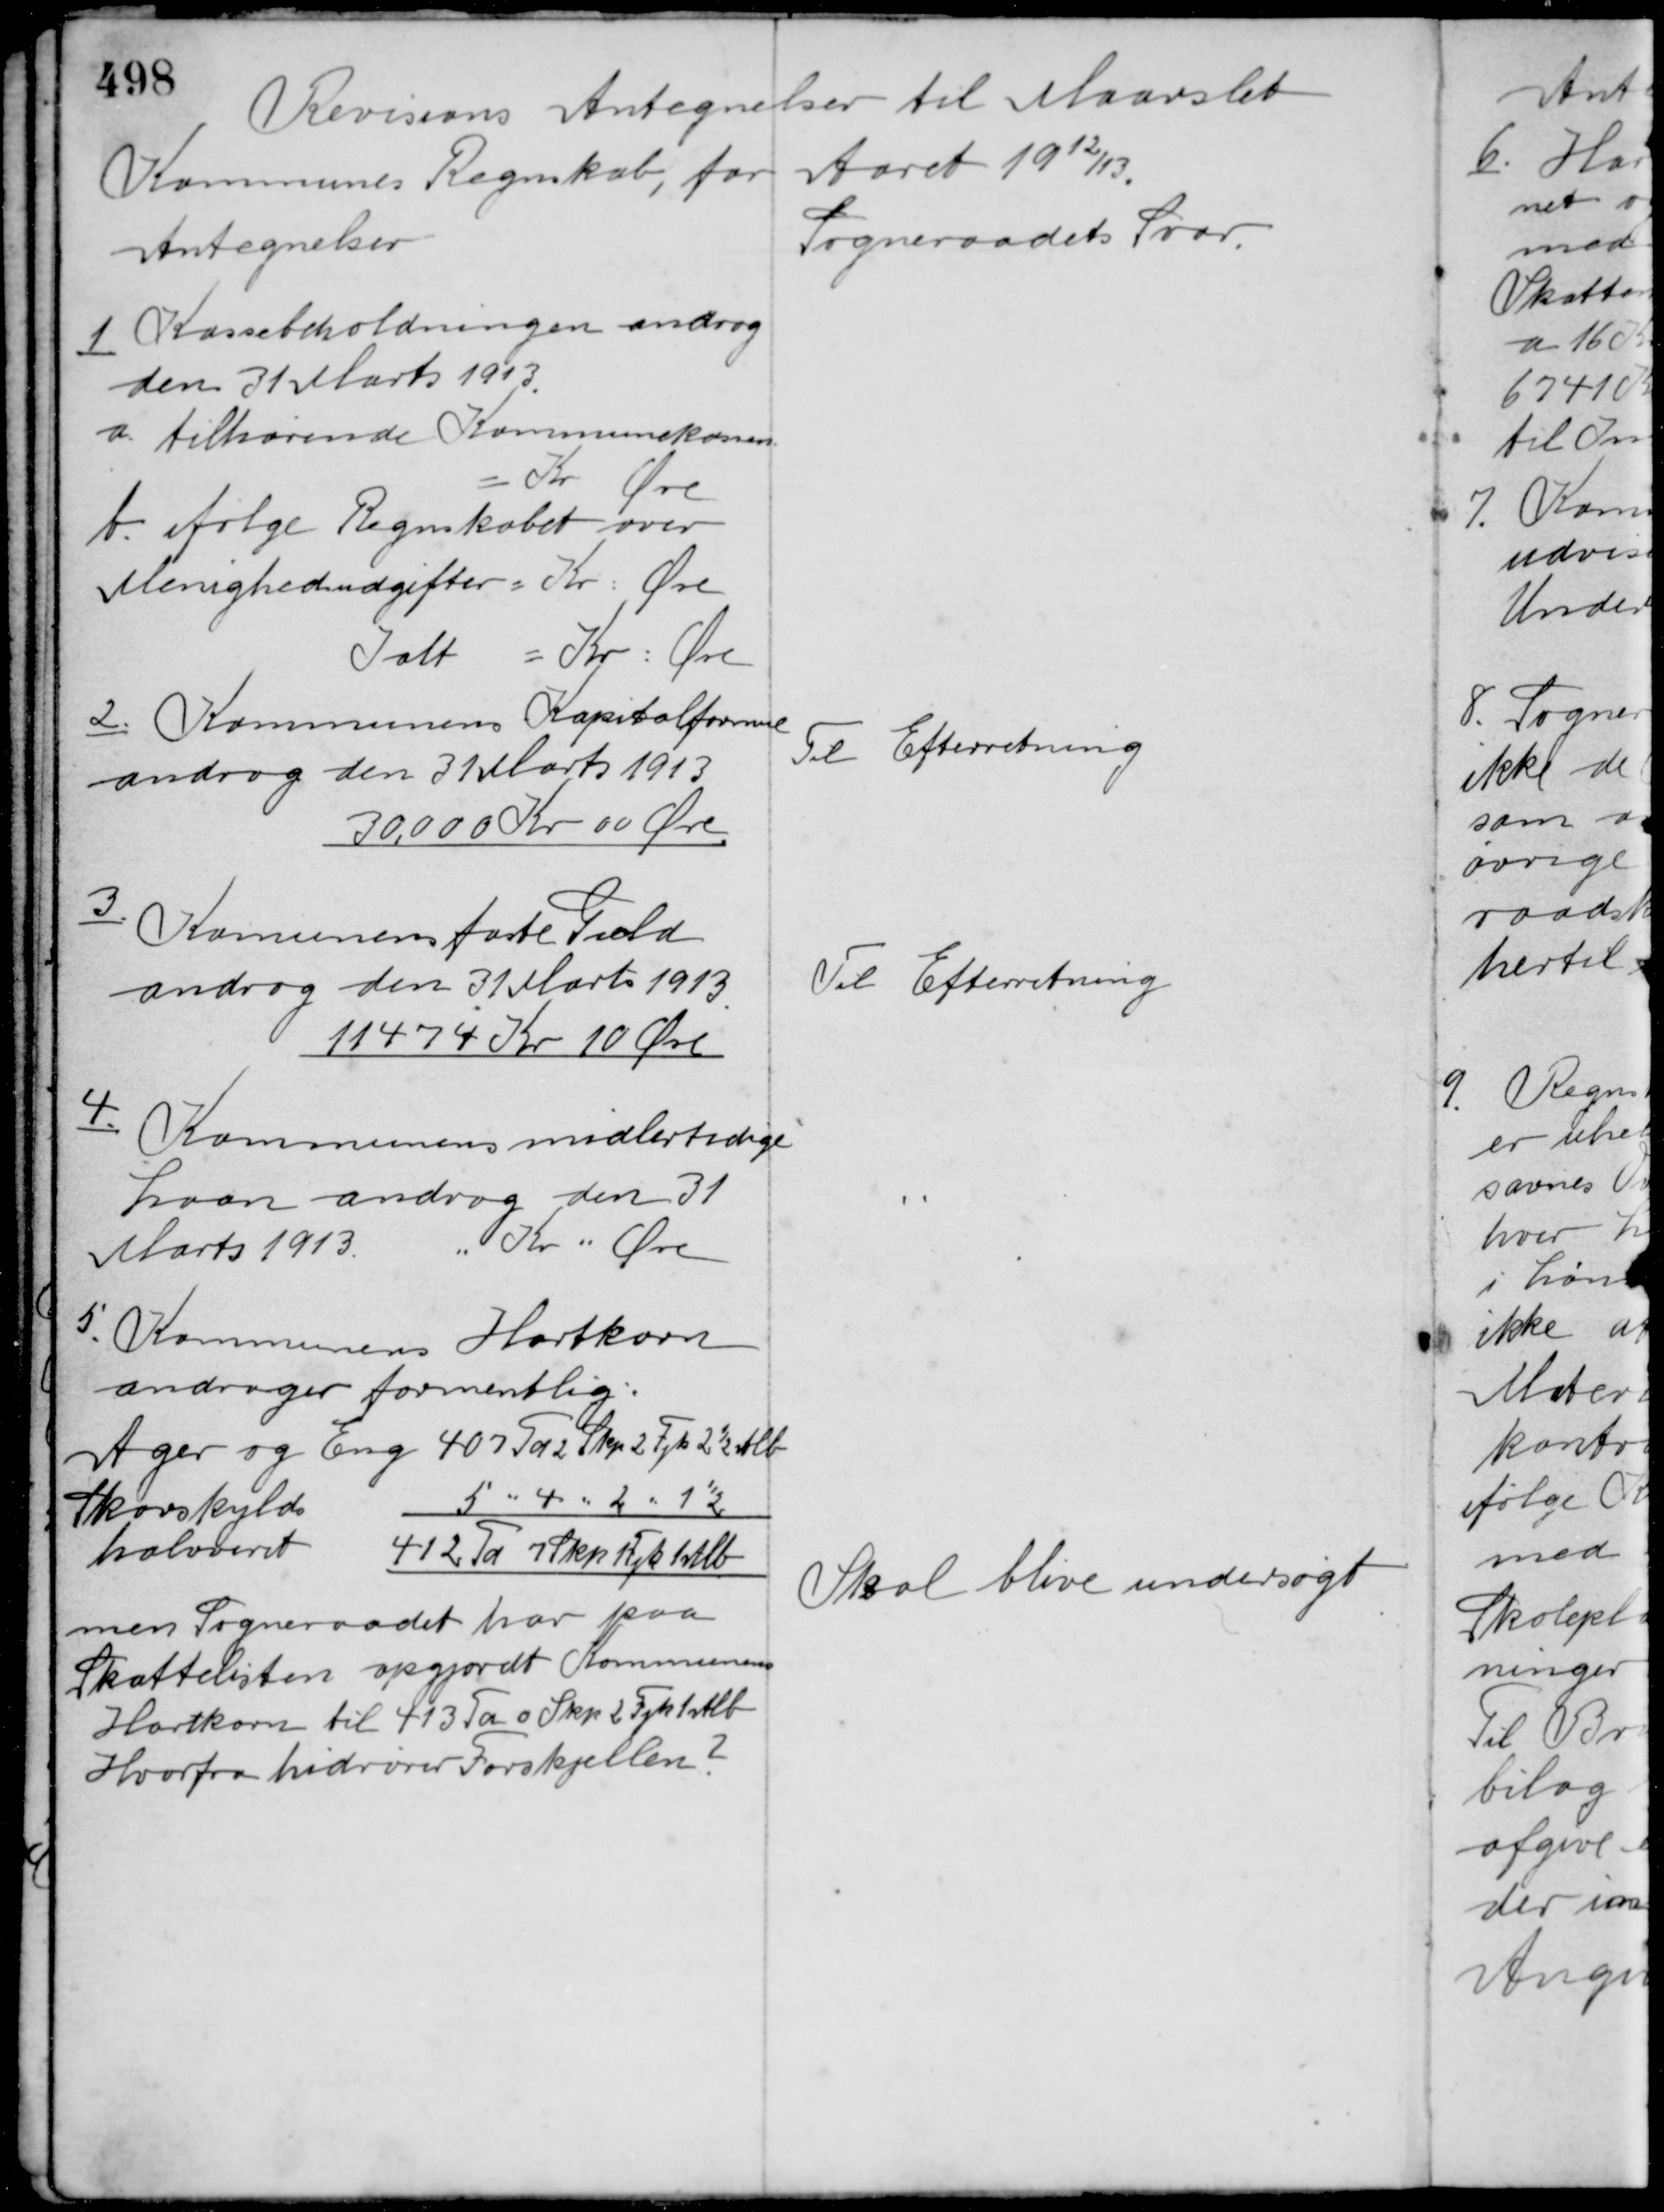
Transskription:
Revisions Antegnelser til Maarslet
Kommunes Regnskab, for Aaret 1912/13.

Antegnelser

Sogneraadets Svar

1 Kassebeholdningen androg
den 31 Marts 1913.
a tilhørende Kommunekassen
= Kr. Øre
b. ifølge Regnskabet over
Menighedsudgifter = Kr. Øre
Ialt = Kr: Øre

Sogneraadets Svar

2. Kommunens Kapitalformue
androg den 31 Marts 1913
30.000 Kr. 00 Øre

Til Efterretning

3.
Komunens faste Gæld
androg den 31 Marts 1913
11474 Kr. 10 Øre

Til Efterretning

4. Kommunens midlertidige
Laan androg den 31
Marts 1913 " Kr. " Øre

"

5. Kommunens Hartkorn
andrager formentlig:
Ager og Eng 407 Td 2 Skp 2 Fjk 2½ Alb
Skovskyld
5 " 4 " 2 " 1½
halveret
412 Td 7 Skp 1 Fjk 1 Alb
men Sogneraadet har paa
Skattelisten opgjordt Kommunens
Hartkorn til 413 Td. 0 Skp 2 Fjk 1 Alb
Hvorfra hidrører Forskjellen?

Skal blive undersøgt